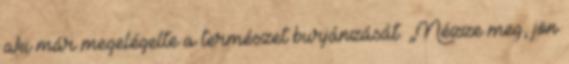
aki már megelégelte a természet burjánzását. „Nézze meg, jön